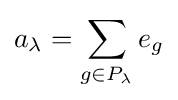
a_{\lambda }=\sum _{g\in P_{\lambda }}e_{g}